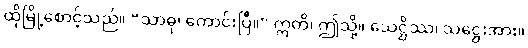
ထိုမြို့စောင့်သည်။ “သာဓု၊ ကောင်းပြီ။” ဣတိ၊ ဤသို့။ သေဋ္ဌိဿ၊ သဋ္ဌေးအား။